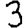
Digit: 3